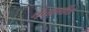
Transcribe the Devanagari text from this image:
पंचवर्गीय